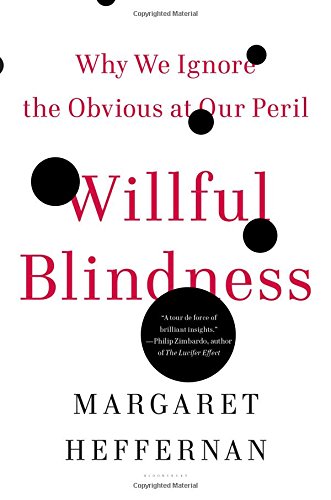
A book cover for Willful Blindness: Why We Ignore the Obvious at Our Peril; Margaret Heffernan; Medical Books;